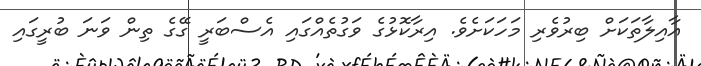
އާއިލާތަކަށް ބިރުވެރި މަހަކަށެވެ. އިރާކޮޅުގެ ވަގުތެއްގައި އެސްބަރީ ގޭގެ ތިން ވަނަ ބުރީގައި